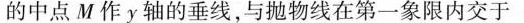
的中点M作y轴的垂线，与抛物线在第一象限内交于